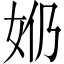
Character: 𫰕